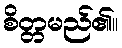
စိတ္တမည်၏။